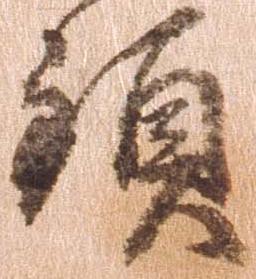
頚